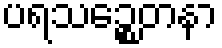
ပရသဉ္စေတနာ